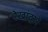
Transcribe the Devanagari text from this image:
रेखांद्वारे